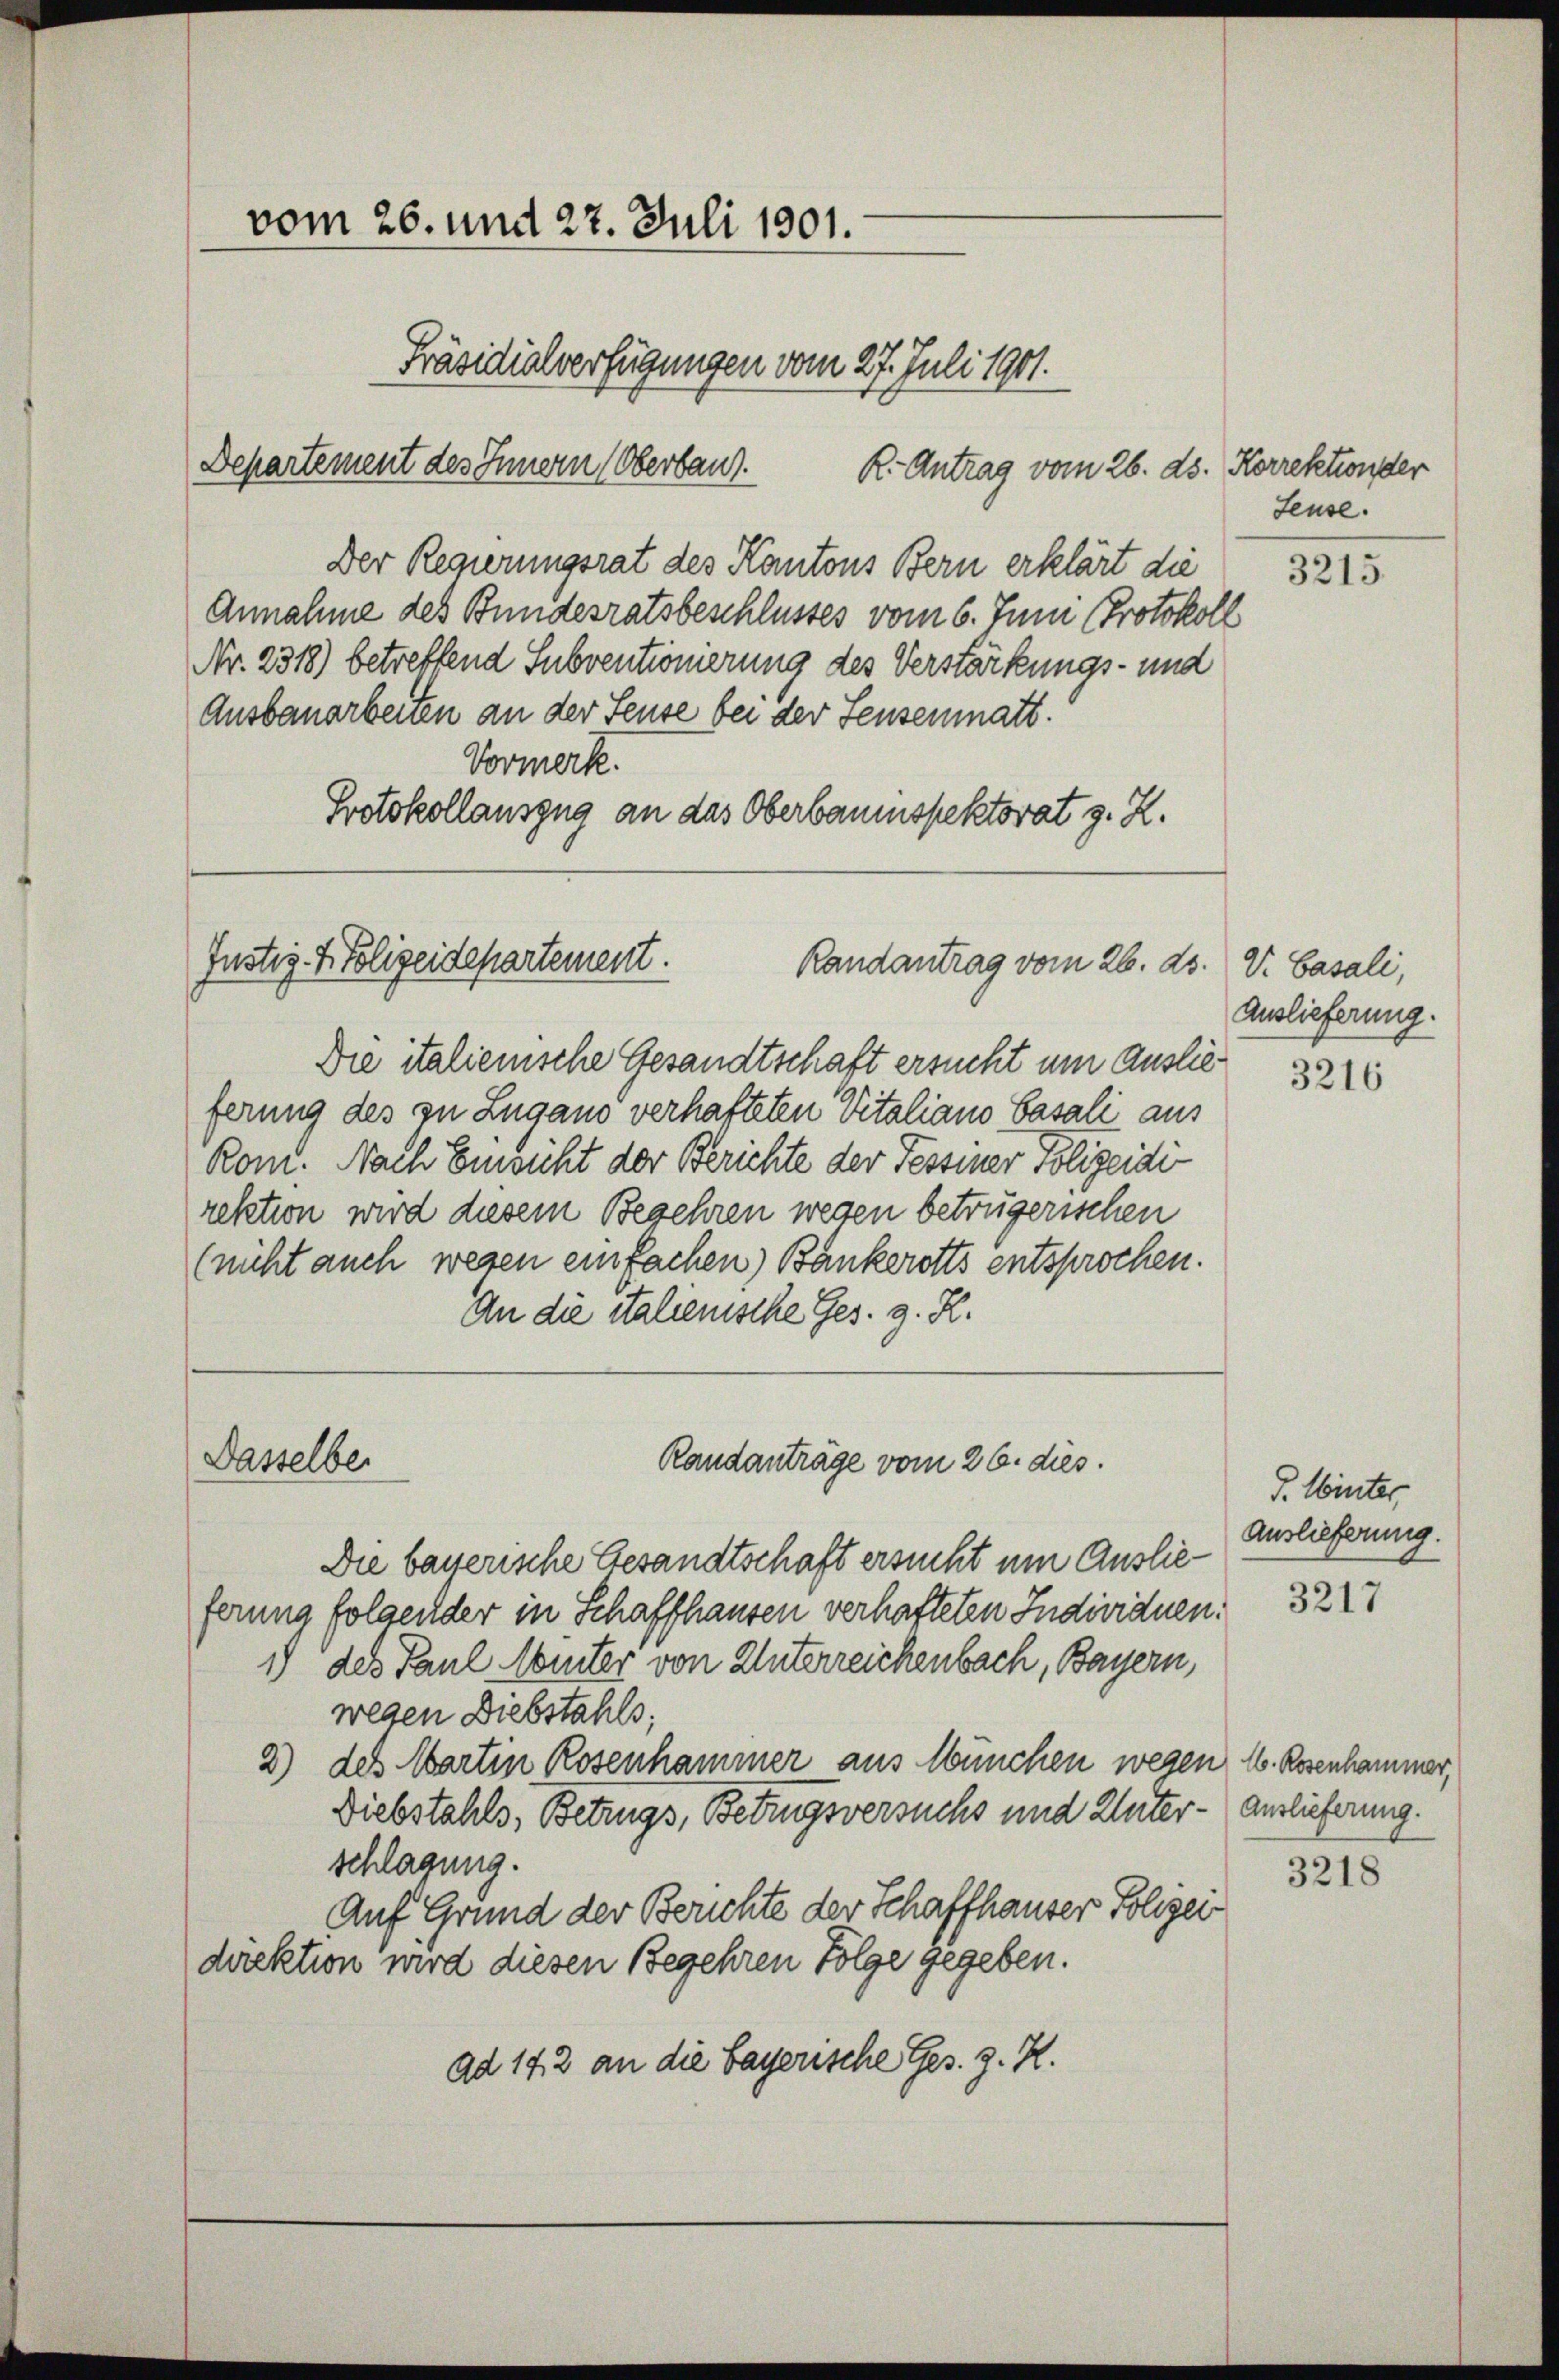
Der Regierungsrat des Kantons Bern erklärt die
Annahme des Bundesratsbeschlusses vom 6. Juni (Protokoll
Nr. 2318) betreffend Subventionierung des Verstärkungs- und
Ausbauarbeiten an der Seuse bei der Feusenmatt.
Vormerk.
Protokollauszug an das Oberbaumspektorat z. Z.

vom 26. und 27. Juli 1901.
Präsidialverfügungen vom 27. Juli 1901.
Departement des Innern Oberbau

Justiz-Polizeidepartement.
Randantrag vom 26. ds

Die italienische Gesandtschaft ersucht um Auslieferung des zu Zugano verhafteten Vitaliano Basali aus
Rom. Nach Einsicht der Berichte der Tessiner Polizeidirektion wird diesem Begehren wegen betrügerischen
(nicht auch wegen einfachen) Bankerotts entsprochen.
An die italienische Ges. z. R.
Randanträge vom 26. dies.
Die bauerische Gesandtschaft ersucht um Auslieferung folgender in Schaffhausen verhafteten Individuen.
1) des Paul Winter von Unterreichenbach, Bayern,
wegen Diebstahls;
2) des Wartin Rosenhammer aus München wegen 16. Rosenkammer,
Diebstahls, Betrugs, Betrugsversuchs und Unterschlagung.
Auf Grund der Berichte der Schaffhauser Polizei
direktion wird diesen Begehren Folge gegeben.
ad 142 an die bayerische Ges. z. K.

Dasselber

R. Antrag vom 26. ds. Korrektion der

Seuse.
3215.

V. Basali,
Auslieferung.

3216

P. Winter
Auslieferung.

3217

Auslieferung.

3218